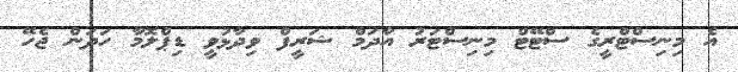
އެ މިނިސްޓްރީގެ ސްޓޭޓް މިނިސްޓަރު އާދަމް ޝަރީފް ވިދާޅުވީ ޑިޕްލޮމާ ހަދަން ޖެހޭ